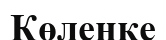
Көленке